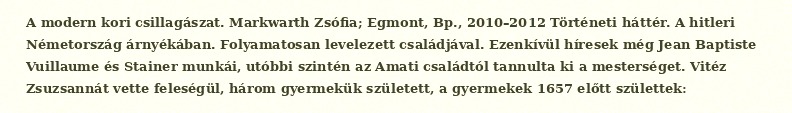
A modern kori csillagászat. Markwarth Zsófia; Egmont, Bp., 2010–2012 Történeti háttér. A hitleri Németország árnyékában. Folyamatosan levelezett családjával. Ezenkívül híresek még Jean Baptiste Vuillaume és Stainer munkái, utóbbi szintén az Amati családtól tannulta ki a mesterséget. Vitéz Zsuzsannát vette feleségül, három gyermekük született, a gyermekek 1657 előtt születtek: